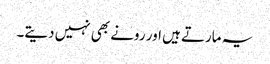
یہ مارتے ہیں اور رونے بھی نہیں دیتے۔